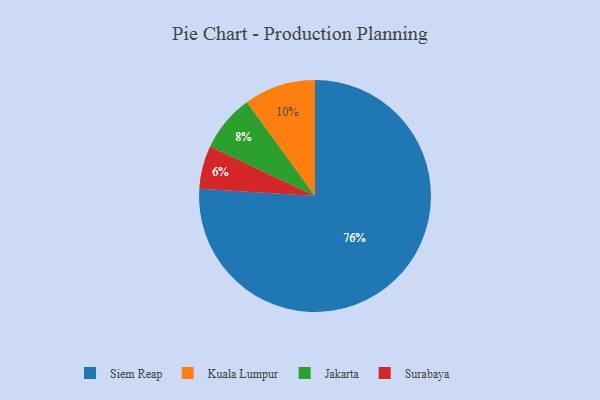
{"axis": {"x": "Category", "y": "Percentage"}, "legend": ["Jakarta", "Kuala Lumpur", "Siem Reap", "Surabaya"], "data": [{"x": "Jakarta", "y": 8, "type": "Jakarta"}, {"x": "Kuala Lumpur", "y": 10, "type": "Kuala Lumpur"}, {"x": "Siem Reap", "y": 76, "type": "Siem Reap"}, {"x": "Surabaya", "y": 6, "type": "Surabaya"}]}